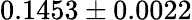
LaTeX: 0.1453\pm 0.0022